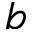
b